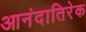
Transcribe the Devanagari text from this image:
आनंदातिरेक